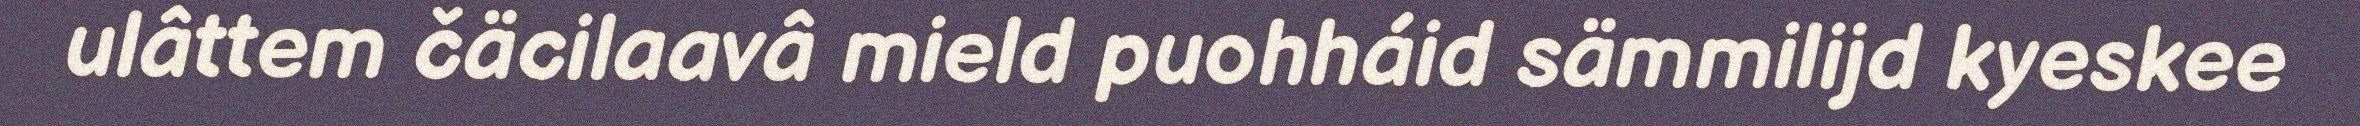
ulâttem čäcilaavâ mield puohháid sämmilijd kyeskee